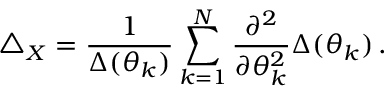
\triangle _ { X } = \frac { 1 } { \Delta ( \theta _ { k } ) } \sum _ { k = 1 } ^ { N } \frac { \partial ^ { 2 } } { \partial \theta _ { k } ^ { 2 } } \Delta ( \theta _ { k } ) \, .